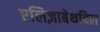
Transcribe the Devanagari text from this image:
एलिज़ाबेथविल